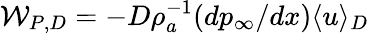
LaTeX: \mathcal{W}_{P,D}=-D\rho_{a}^{-1}(dp_{\infty}/dx)\langle u\rangle_{D}